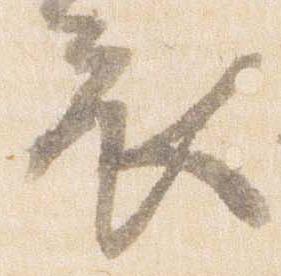
衣